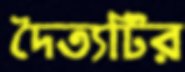
দৈত্যটির